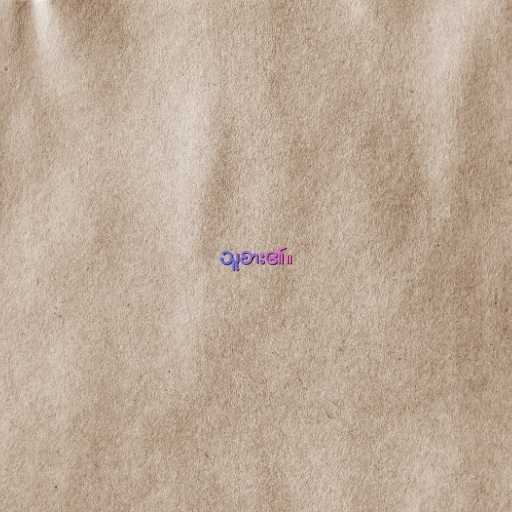
သူစား၏။